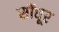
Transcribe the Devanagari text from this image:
सोंधूर